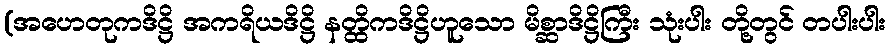
(အဟေတုကဒိဋ္ဌိ အကရိယဒိဋ္ဌိ နတ္ထိကဒိဋ္ဌိဟူသော မိစ္ဆာဒိဋ္ဌိကြီး သုံးပါး တို့တွင် တပါးပါး